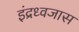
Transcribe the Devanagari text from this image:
इंद्रध्वजास